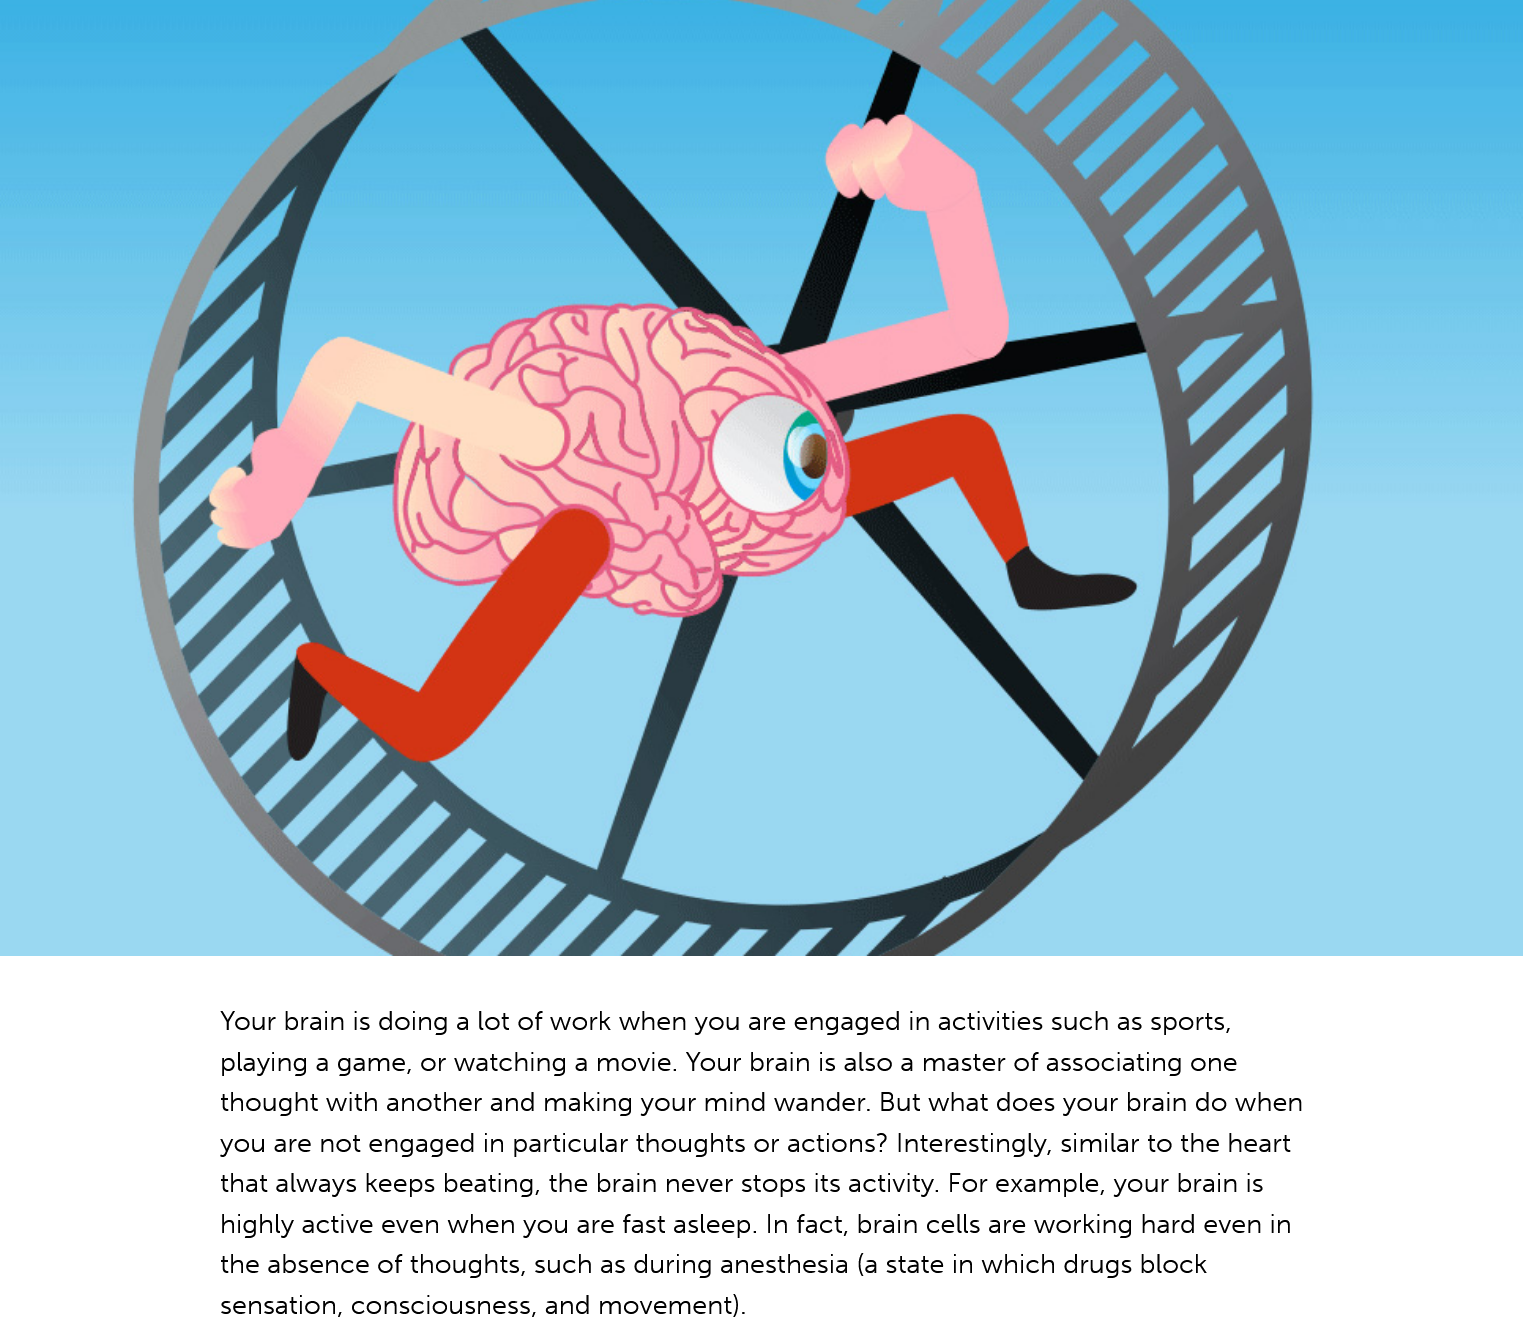
Your brain is doing a lot of work when you are engaged in activities such as sports,
     playing a game, or watching a movie. Your brain is also a master of associating one
     thought with another and making your mind wander. But what does your brain do when
     you are not engaged in particular thoughts or actions? Interestingly, similar to the heart
     that always keeps beating, the brain never stops its activity. For example, your brain is
     highly active even when you are fast asleep. In fact, brain cells are working hard even in
     the absence of thoughts, such as during anesthesia (a state in which drugs block
     sensation, consciousness, and movement).